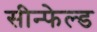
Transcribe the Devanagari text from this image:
सीन्फेल्ड